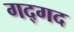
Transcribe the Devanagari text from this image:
गद्गद